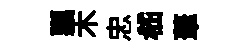
瓢木忠嵇茟